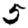
Digit: 5